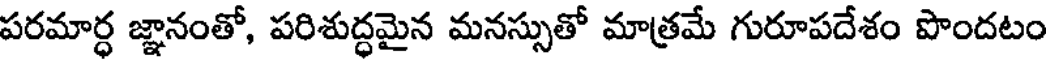
పరమార్ధ జ్ఞానంతో, పరిశుద్ధమైన మనస్సుతో మాత్రమే గురూపదేశం పొందటం